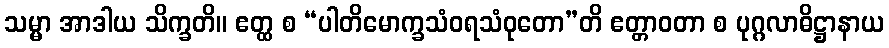
သမ္မာ အာဒါယ သိက္ခတိ။ ဧတ္ထ စ “ပါတိမောက္ခသံဝရသံဝုတော”တိ ဧတ္တာဝတာ စ ပုဂ္ဂလာဓိဋ္ဌာနာယ